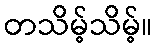
တသိမ့်သိမ့်။